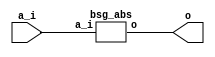


module top
(
  a_i,
  o
);

  input [15:0] a_i;
  output [15:0] o;

  bsg_abs
  wrapper
  (
    .a_i(a_i),
    .o(o)
  );


endmodule



module bsg_abs
(
  a_i,
  o
);

  input [15:0] a_i;
  output [15:0] o;
  wire [15:0] o;
  wire N0,N1,N2,N3,N4,N5,N6,N7,N8,N9,N10,N11,N12,N13,N14,N15,N16,N17,N18,N19,N20,N21,
  N22,N23,N24,N25,N26,N27,N28,N29,N30,N31,N32,N33;
  assign { N2, N3, N4, N5, N6, N7, N8, N9, N10, N11, N12, N13, N14, N15, N16, N17 } = { 1'b1, 1'b1, 1'b1, 1'b1, 1'b1, 1'b1, 1'b1, 1'b1, 1'b1, 1'b1, 1'b1, 1'b1, 1'b1, 1'b1, 1'b1, 1'b1 } - a_i;
  assign { N33, N32, N31, N30, N29, N28, N27, N26, N25, N24, N23, N22, N21, N20, N19, N18 } = { N2, N3, N4, N5, N6, N7, N8, N9, N10, N11, N12, N13, N14, N15, N16, N17 } + 1'b1;
  assign o = (N0)? { N33, N32, N31, N30, N29, N28, N27, N26, N25, N24, N23, N22, N21, N20, N19, N18 } : 
             (N1)? a_i : 1'b0;
  assign N0 = a_i[15];
  assign N1 = ~a_i[15];

endmodule